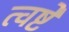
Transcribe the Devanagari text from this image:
त्वष्टे